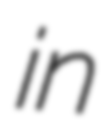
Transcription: in